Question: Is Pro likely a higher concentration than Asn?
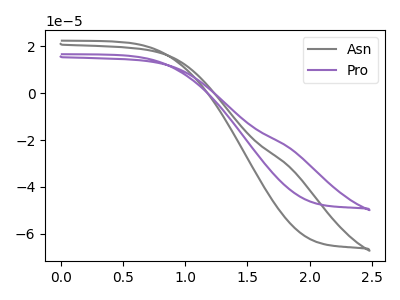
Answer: <think>The gray curve "Asn" has no peaks. The purple curve "Pro" has no peaks.
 Neither "Pro" or "Asn" have any peaks.</think>
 <answer>I cant tell if "Pro" or "Asn" has more signal.</answer>
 <eval>mixed_signal</eval>